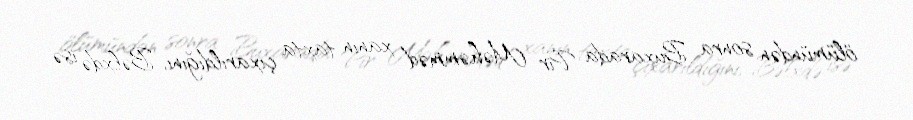
ölümündən sonra Buxarada Pir Məhəmməd xanın taxta çıxarıldığını, Bəlxdə isə